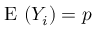
{ \textrm { E } } ( Y _ { i } ) = p